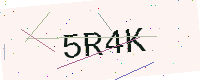
Text: 5R4K